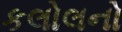
કલોલનો